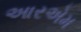
આરએમ